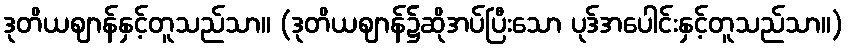
ဒုတိယဈာန်နှင့်တူသည်သာ။ (ဒုတိယဈာန်၌ဆိုအပ်ပြီးသော ပုဒ်အပေါင်းနှင့်တူသည်သာ။)